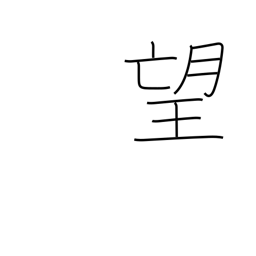
Meaning: ambition